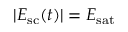
| E _ { \mathrm { s c } } ( t ) | = E _ { \mathrm { s a t } }